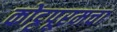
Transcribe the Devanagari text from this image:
कोट्टपूरमचा